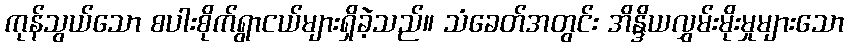
ကုန်သွယ်သော စပါးစိုက်ရွာငယ်များရှိခဲ့သည်။ သံခေတ်အတွင်း အိန္ဒိယလွှမ်းမိုးမှုများသော